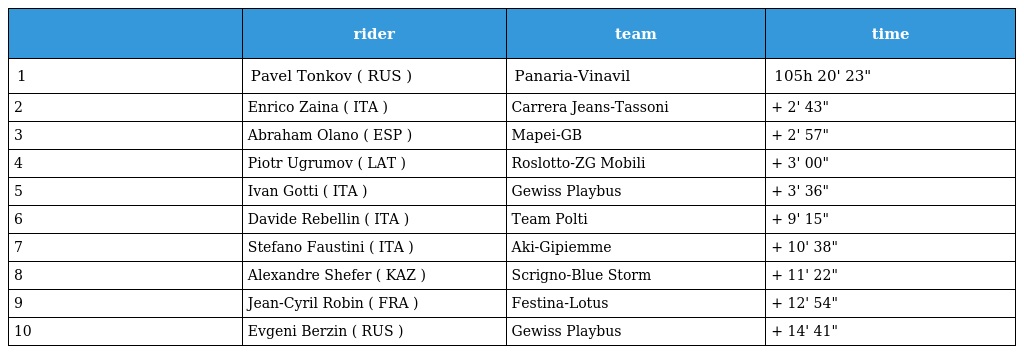
|  | rider | team | time |
 | --- | --- | --- | --- |
 | 1 | Pavel Tonkov ( RUS ) | Panaria-Vinavil | 105h 20' 23" |
 | 2 | Enrico Zaina ( ITA ) | Carrera Jeans-Tassoni | + 2' 43" |
 | 3 | Abraham Olano ( ESP ) | Mapei-GB | + 2' 57" |
 | 4 | Piotr Ugrumov ( LAT ) | Roslotto-ZG Mobili | + 3' 00" |
 | 5 | Ivan Gotti ( ITA ) | Gewiss Playbus | + 3' 36" |
 | 6 | Davide Rebellin ( ITA ) | Team Polti | + 9' 15" |
 | 7 | Stefano Faustini ( ITA ) | Aki-Gipiemme | + 10' 38" |
 | 8 | Alexandre Shefer ( KAZ ) | Scrigno-Blue Storm | + 11' 22" |
 | 9 | Jean-Cyril Robin ( FRA ) | Festina-Lotus | + 12' 54" |
 | 10 | Evgeni Berzin ( RUS ) | Gewiss Playbus | + 14' 41" |